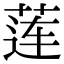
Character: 莲